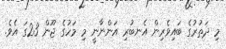
މި ދަތުރުގެ ބައިވެރިން އެނބުރި އަންނާނީ މި މަހުގެ ޖޫން 23ގަ އެވެ.